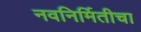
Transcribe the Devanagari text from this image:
नवनिर्मितीचा